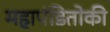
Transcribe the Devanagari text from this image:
महापंडितोकी